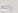
رائع